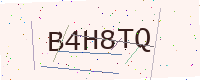
Text: B4H8TQ